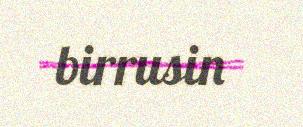
birrusin